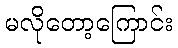
မလိုတော့ကြောင်း